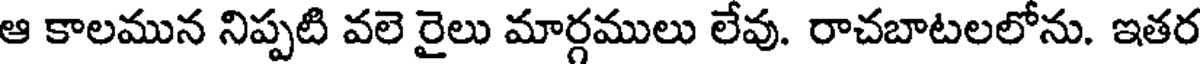
ఆ కాలమున నిప్పటి వలె రైలు మార్గములు లేవు. రాచబాటలలోను. ఇతర